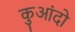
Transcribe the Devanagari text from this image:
कुआंदो